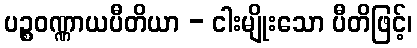
ပဉ္စဝဏ္ဏာယပီတိယာ - ငါးမျိုးသော ပီတိဖြင့်၊